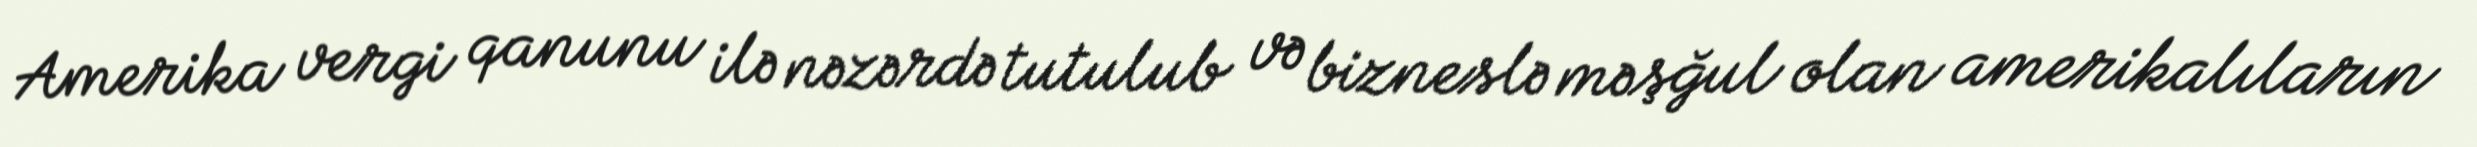
Amerika vergi qanunu ilə nəzərdə tutulub və bizneslə məşğul olan amerikalıların